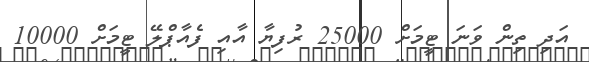
އަދި ތިން ވަނަ ޓީމަށް 25000 ރުފިޔާ އާއި ފެއާޕްލޭ ޓީމަށް 10000